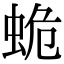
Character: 蛫